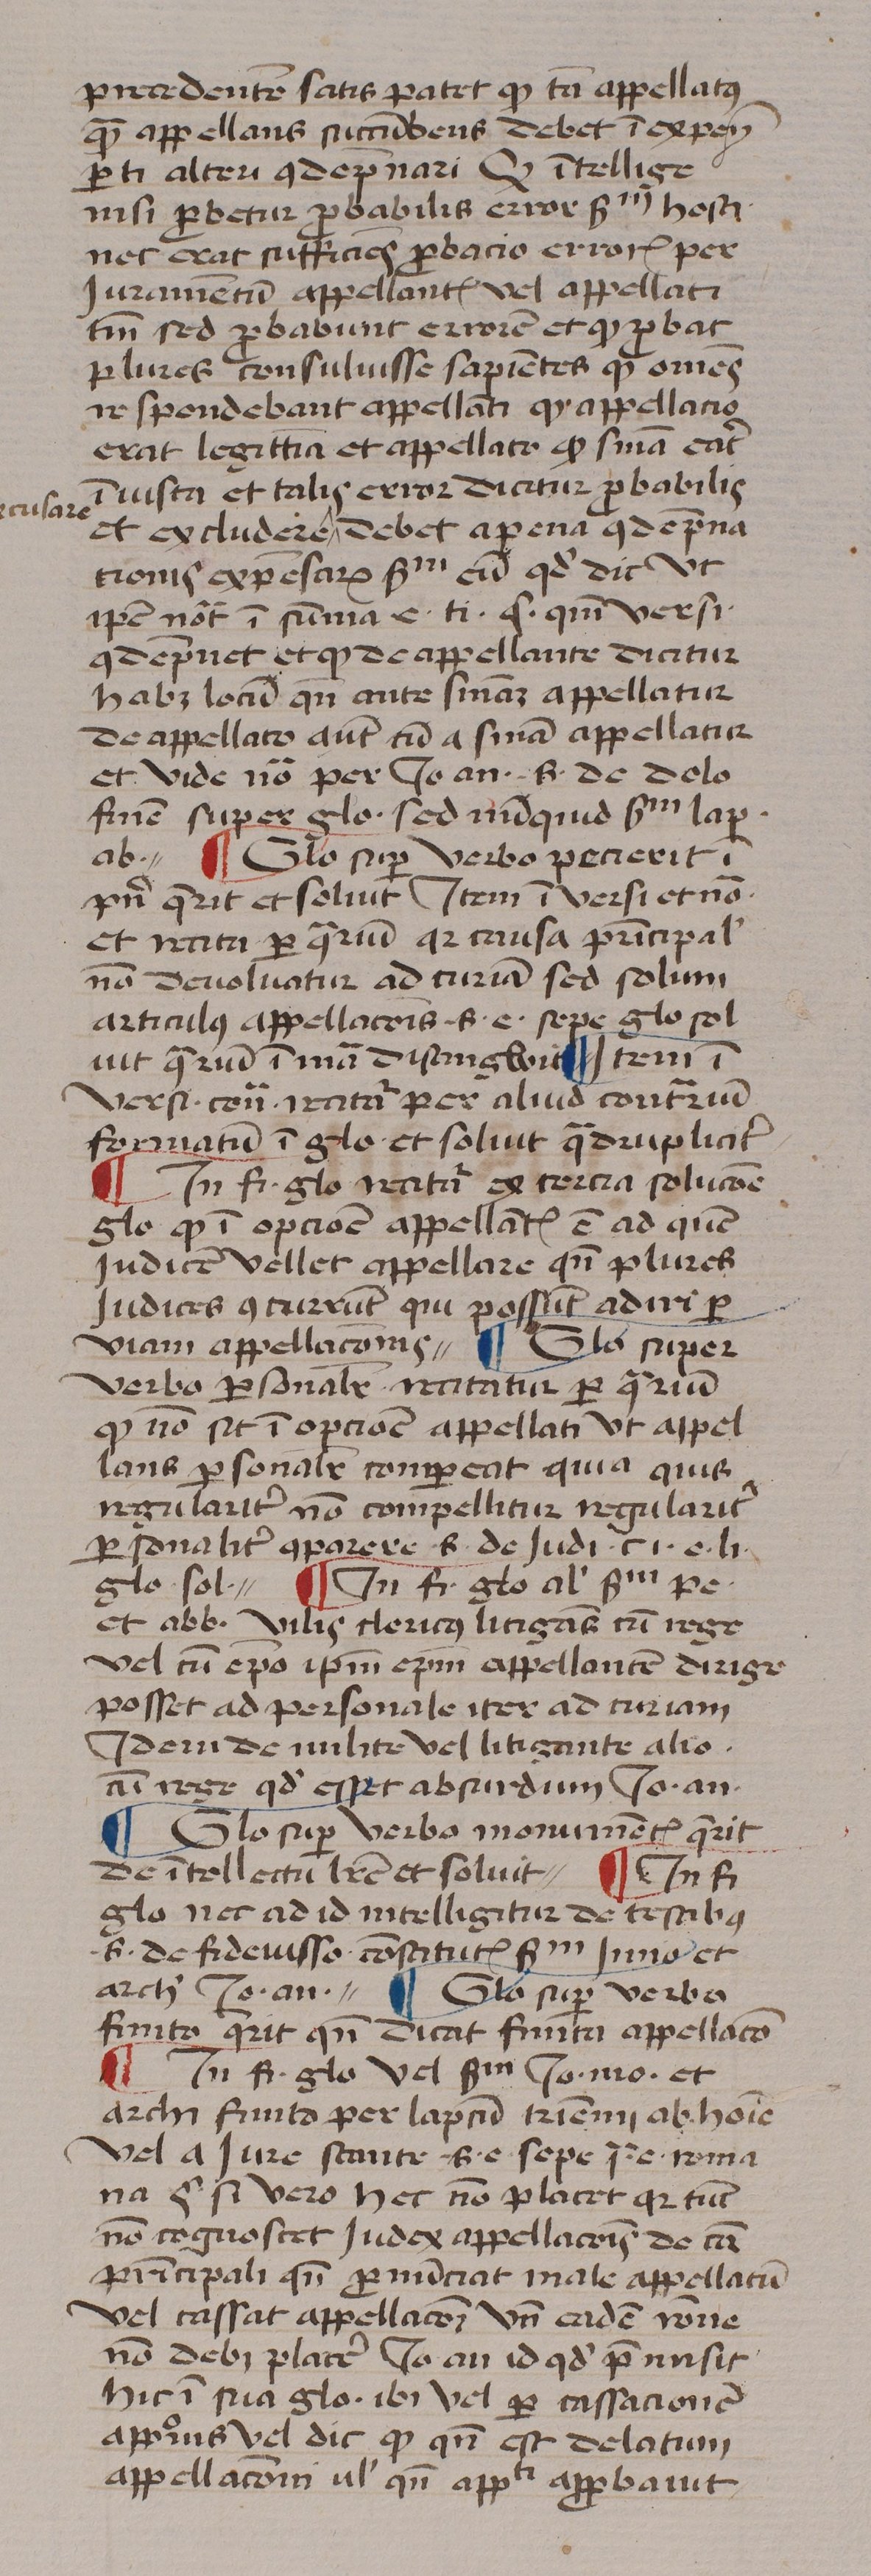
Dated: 1439–1439